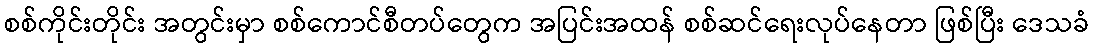
စစ်ကိုင်းတိုင်း အတွင်းမှာ စစ်ကောင်စီတပ်တွေက အပြင်းအထန် စစ်ဆင်ရေးလုပ်နေတာ ဖြစ်ပြီး ဒေသခံ